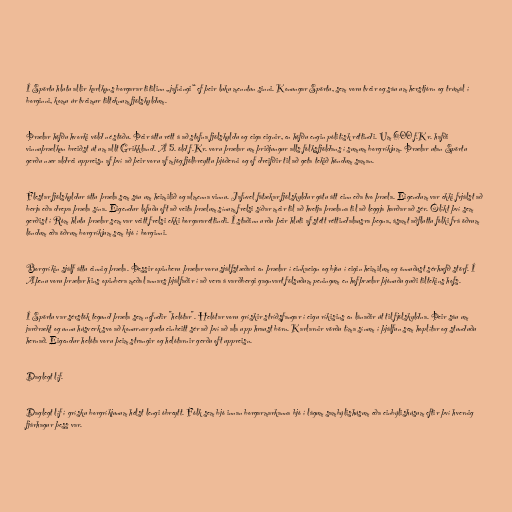
Í Spörtu hlutu allir karlkyns borgarar titilinn „jafningi“ ef þeir luku menntun sinni. Konungar Spörtu, sem voru tveir og sáu um herstjórn og trúmál í
borginni, komu úr tveimur tilteknum fjölskyldum.

Þrælar höfðu hvorki völd né stöðu. Þeir áttu rétt á að stofna fjölskyldu og eiga eignir, en höfðu engin pólitísk réttindi. Um 600 f.Kr. hafði
vinnuþrælkun breiðst út um allt Grikkland. Á 5. öld f.Kr. voru þrælar um þriðjungur alls fólksfjöldans í sumum borgríkjum. Þrælar utan Spörtu
gerðu nær aldrei uppreisn af því að þeir voru af mjög fjölbreyttu þjóðerni og of dreifðir til að geta tekið höndum saman.

Flestar fjölskyldur áttu þræla sem sáu um heimilið og almenna vinnu. Jafnvel fátækar fjölskyldur gátu átt einn eða tvo þræla. Eigendum var ekki frjálst að
berja eða drepa þræla sína. Eigendur lofuðu oft að veita þrælum sínum frelsi síðar meir til að hvetja þrælana til að leggja harðar að sér. Ólíkt því sem
gerðist í Róm hlutu þrælar sem var veitt frelsi ekki borgararéttindi. Í staðinn urðu þeir hluti af stétt réttindalausra þegna, ásamt aðfluttu fólki frá öðrum
löndum eða öðrum borgríkjum sem bjó í borginni.

Borgríkin sjálf áttu einnig þræla. Þessir opinberu þrælar voru sjálfstæðari en þrælar í einkaeign og bjóu í eigin heimilum og önnuðust sérhæfð störf. Í
Aþenu voru þrælar hins opinbera meðal annars þjálfaðir í að vera á varðbergi gagnvart fölsuðum peningum en hofþrælar þjónuðu guði tiltekins hofs.

Í Spörtu var sérstök tegund þræla sem nefndir "helótar". Helótar voru grískir stríðsfangar í eigu ríkisins en lánaðir út til fjölskyldna. Þeir sáu um
jarðrækt og unnu húsverk svo að konurnar gætu einbeitt sér að því að ala upp hraust börn. Karlarnir vörðu tíma sínum í þjálfun sem hoplítar og stunduðu
hernað. Eigendur helóta voru þeim strangir og helótarnir gerðu oft uppreisn.

Daglegt líf.

Daglegt líf í grísku borgríkjunum hélst lengi óbreytt. Fólk sem bjó innan borgarmarkanna bjó í lágum sambýlishúsum eða einbýlishúsum eftir því hvernig
fjárhagur þess var.